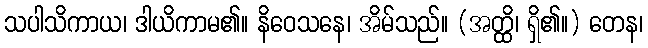
သပါသိကာယ၊ ဒါယိကာမ၏။ နိဝေသနေ၊ အိမ်သည်။ (အတ္ထိ၊ ရှိ၏။) တေန၊